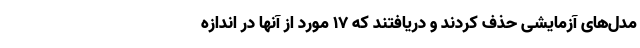
مدل‌های آزمایشی حذف کردند و دریافتند که ۱۷ مورد از آنها در اندازه